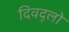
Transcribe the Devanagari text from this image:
दिवद्लो